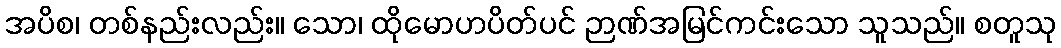
အပိစ၊ တစ်နည်းလည်း။ သော၊ ထိုမောဟပိတ်ပင် ဉာဏ်အမြင်ကင်းသော သူသည်။ စတူသု